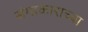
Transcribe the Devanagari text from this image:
संगाकाराच्या